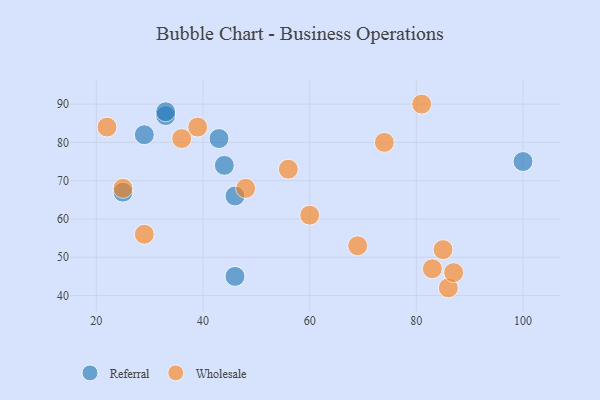
{"axis": {"x": "GDP", "y": "Life Expectancy"}, "legend": ["Referral", "Wholesale"], "data": [{"x": "100", "y": 75, "type": "Referral"}, {"x": "46", "y": 66, "type": "Referral"}, {"x": "33", "y": 87, "type": "Referral"}, {"x": "46", "y": 45, "type": "Referral"}, {"x": "43", "y": 81, "type": "Referral"}, {"x": "44", "y": 74, "type": "Referral"}, {"x": "33", "y": 88, "type": "Referral"}, {"x": "25", "y": 67, "type": "Referral"}, {"x": "29", "y": 82, "type": "Referral"}, {"x": "86", "y": 42, "type": "Wholesale"}, {"x": "81", "y": 90, "type": "Wholesale"}, {"x": "39", "y": 84, "type": "Wholesale"}, {"x": "87", "y": 46, "type": "Wholesale"}, {"x": "69", "y": 53, "type": "Wholesale"}, {"x": "36", "y": 81, "type": "Wholesale"}, {"x": "48", "y": 68, "type": "Wholesale"}, {"x": "60", "y": 61, "type": "Wholesale"}, {"x": "85", "y": 52, "type": "Wholesale"}, {"x": "22", "y": 84, "type": "Wholesale"}, {"x": "25", "y": 68, "type": "Wholesale"}, {"x": "29", "y": 56, "type": "Wholesale"}, {"x": "74", "y": 80, "type": "Wholesale"}, {"x": "56", "y": 73, "type": "Wholesale"}, {"x": "83", "y": 47, "type": "Wholesale"}]}